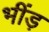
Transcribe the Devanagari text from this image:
भींड़